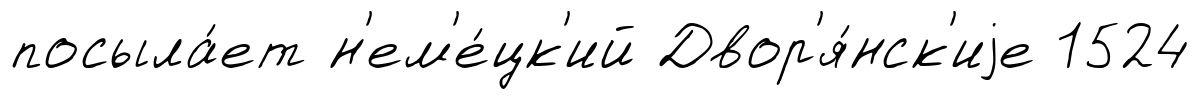
посыла́ет н'ем'е́цк'ий Двор'я́нск'иjе 1524